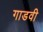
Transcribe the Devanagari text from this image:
गाडवी